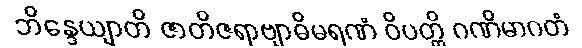
ဘိန္ဒေယျာတိ ဇာတိဇရာဗျာဓိမရဏံ ဝိပတ္တိ ဂဏိမာဂတံ